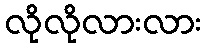
လိုလိုလားလား